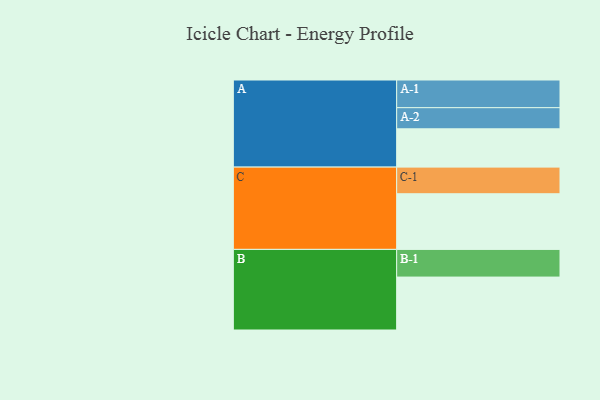
{"axis": {"x": "Segment", "y": "Value"}, "legend": ["", "A", "B", "C"], "data": [{"x": "A", "y": 364, "type": ""}, {"x": "B", "y": 503, "type": ""}, {"x": "C", "y": 529, "type": ""}, {"x": "A-1", "y": 263, "type": "A"}, {"x": "A-2", "y": 201, "type": "A"}, {"x": "B-1", "y": 263, "type": "B"}, {"x": "C-1", "y": 253, "type": "C"}]}